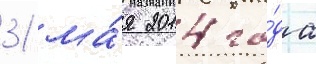
31 ма́я 2014 го́да